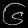
Digit: ၆